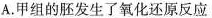
A.甲组的胚发生了氧化还原反应